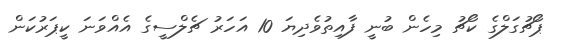
ޕޯޗުގަލްގެ ކޯޗު މިހެން ބުނީ ފާއިތުވެދިޔަ 10 އަހަރު ޗެލްސީގެ އެއްވަނަ ކީޕަރުކަން